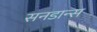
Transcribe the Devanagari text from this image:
सनडान्स